Insane asylums in Bengal annual reports 1867-1875 - 1867-1875
Year: 1867
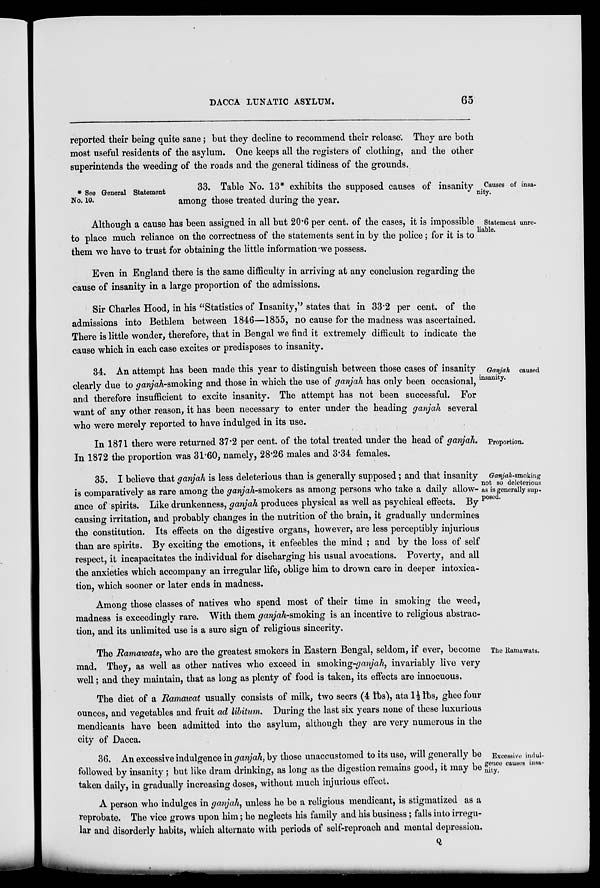
DACCA LUNATIC ASYLUM.
65
reported their being quite sane; but they decline to recommend their release; They are both
most useful residents of the asylum. One keeps all the registers of clothing, and the other
superintends the weeding of the roads and the general tidiness of the grounds.
Causes of insa¬
nity.
* See General Statement
No. 10.
33. Table No. 13* exhibits the supposed causes of insanity
among those treated during the year.
Statement unre¬
liable.
Although a cause has been assigned in all but 20.6 per cent. of the cases, it is impossible
to place much reliance on the correctness of the statements sent in by the police; for it is to
them we have to trust for obtaining the little information we possess.
Even in England there is the same difficulty in arriving at any conclusion regarding the
cause of insanity in a large proportion of the admissions.
Sir Charles Hood, in his "Statistics of Insanity," states that in 33.2 per cent. of the
admissions into Bethlem between 1846—1855, no cause for the madness was ascertained.
There is little wonder, therefore, that in Bengal we find it extremely difficult to indicate the
cause which in each case excites or predisposes to insanity.
Ganjah caused
insanity.
34. An attempt has been made this year to distinguish between those cases of insanity
clearly due to ganjah-smoking and those in which the use of ganjah has only been occasional,
and therefore insufficient to excite insanity. The attempt has not been successful. For
want of any other reason, it has been necessary to enter under the heading ganjah several
who were merely reported to have indulged in its use.
Proportion.
In 1871 there were returned 37.2 per cent. of the total treated under the head of ganjah.
In 1872 the proportion was 31.60, namely, 28.26 males and 3.34 females.
Ganjah-smoking
not so deleterious
as is generally sup-
posed.
35. I believe that ganjah is less deleterious than is generally supposed; and that insanity
is comparatively as rare among the ganjah-smokers as among persons who take a daily allow¬
ance of spirits. Like drunkenness, ganjah produces physical as well as psychical effects. By
causing irritation, and probably changes in the nutrition of the brain, it gradually undermines
the constitution. Its effects on the digestive organs, however, are less perceptibly injurious
than are spirits. By exciting the emotions, it enfeebles the mind ; and by the loss of self
respect, it incapacitates the individual for discharging his usual avocations. Poverty, and all
the anxieties which accompany an irregular life, oblige him to drown care in deeper intoxica-
tion, which sooner or later ends in madness.
Among those classes of natives who spend most of their time in smoking the weed,
madness is exceedingly rare. With them ganjah-smoking is an incentive to religious abstrac¬
tion, and its unlimited use is a sure sign of religious sincerity.
The Ramawats.
The Ramawats, who are the greatest smokers in Eastern Bengal, seldom, if ever, become
mad. They, as well as other natives who exceed in smoking-ganjah, invariably live very
well; and they maintain, that as long as plenty of food is taken, its effects are innocuous.
The diet of a Ramawat usually consists of milk, two seers (4 lbs), ata l½ lbs, ghee four
ounces, and vegetables and fruit ad libitum. During the last six years none of these luxurious
mendicants have been admitted into the asylum, although they are very numerous in the
city of Dacca.
Excessive indul¬
gence causes insa-
nity.
36. An excessive indulgence in ganjah, by those unaccustomed to its use, will generally be
followed by insanity; but like dram drinking, as long as the digestion remains good, it may be
taken daily, in gradually increasing doses, without much injurious effect.
A person who indulges in ganjah, unless he be a religious mendicant, is stigmatized as a
reprobate. The vice grows upon him; he neglects his family and his business; falls into irregu-
lar and disorderly habits, which alternate with periods of self-reproach and mental depression.
Q